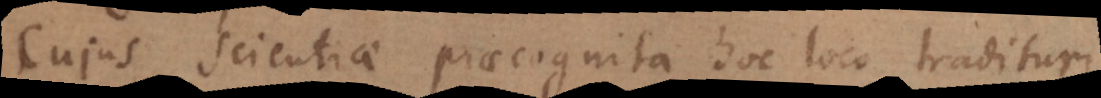
Cujus Scientiae praecognita hoc loco tradituri